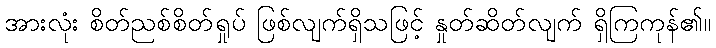
အားလုံး စိတ်ညစ်စိတ်ရှုပ် ဖြစ်လျက်ရှိသဖြင့် နှုတ်ဆိတ်လျက် ရှိကြကုန်၏။